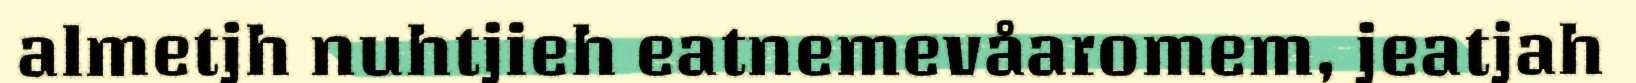
almetjh nuhtjieh eatnemevåaromem, jeatjah